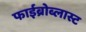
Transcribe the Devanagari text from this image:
फाईब्रोब्लास्ट